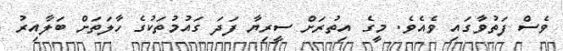
ވެސް ފަތުވާގައި ވެއެވެ. މީގެ އިތުރަށް ސީރިޔާ ފަދަ ގައުމުތަކުގެ ހާލަތަށް ބަލާއިރު